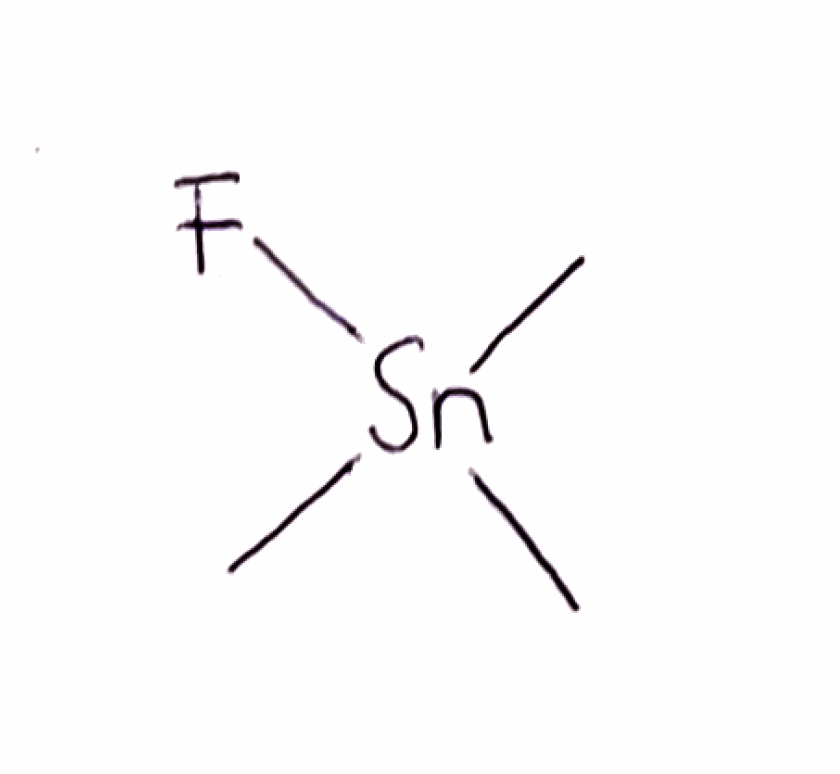
Simplified molecular-input line-entry system (SMILES) notation of the given molecule:
C[Sn](C)(C)F